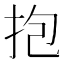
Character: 抱